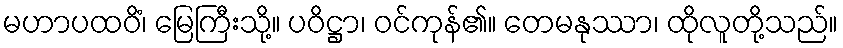
မဟာပထဝိံ၊ မြေကြီးသို့။ ပဝိဋ္ဌာ၊ ဝင်ကုန်၏။ တေမနုဿာ၊ ထိုလူတို့သည်။